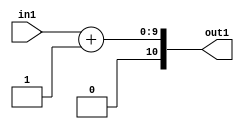
`timescale 1ps / 1ps
/*****************************************************************************
    Verilog RTL Description
    
    
    Created by: Stratus DpOpt 2019.1.01 
*******************************************************************************/

module SobelFilter_Add2i1u9_1 (
	in1,
	out1
	); /* architecture "behavioural" */ 
input [8:0] in1;
output [10:0] out1;
wire [10:0] asc001;

assign asc001 = 
	+(in1)
	+(11'B00000000001);

assign out1 = asc001;
endmodule

/* CADENCE  ubD3TwA= : u9/ySgnWtBlWxVPRXgAZ4Og= ** DO NOT EDIT THIS LINE ******/